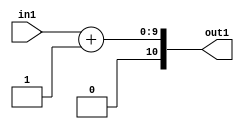
`timescale 1ps / 1ps
/*****************************************************************************
    Verilog RTL Description
    
    
    Created by: Stratus DpOpt 2019.1.01 
*******************************************************************************/

module SobelFilter_Add2i1u9_1 (
	in1,
	out1
	); /* architecture "behavioural" */ 
input [8:0] in1;
output [10:0] out1;
wire [10:0] asc001;

assign asc001 = 
	+(in1)
	+(11'B00000000001);

assign out1 = asc001;
endmodule

/* CADENCE  ubD3TwA= : u9/ySgnWtBlWxVPRXgAZ4Og= ** DO NOT EDIT THIS LINE ******/